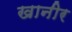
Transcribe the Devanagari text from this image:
खानीर